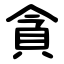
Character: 貪